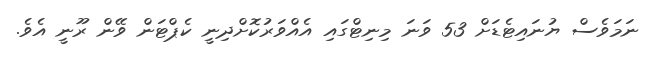
ނަމަވެސް ޔުނައިޓެޑަށް 53 ވަނަ މިނިޓްގައި އެއްވަރުކޮށްދިނީ ކެޕްޓަން ވޭން ރޫނީ އެވެ.